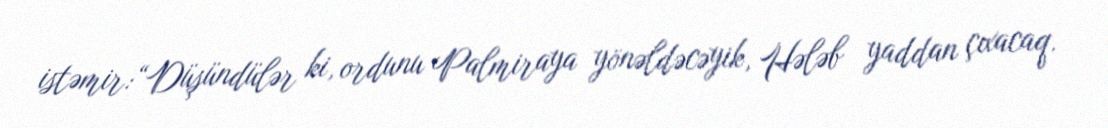
istəmir:“Düşündülər ki, ordunu Palmiraya yönəldəcəyik, Hələb yaddan çıxacaq.